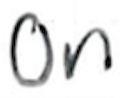
Text: on
Cross-out: clean
Writing tool: ballpoint